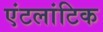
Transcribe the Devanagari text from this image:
एंटलांटिक